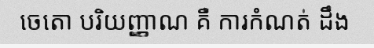
ចេតោ បរិយញ្ញាណ គឺ ការកំណត់ ដឹង